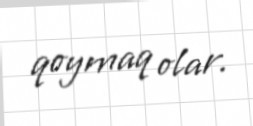
qoymaq olar.